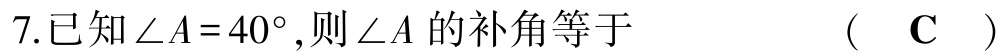
7.已知\(\angle A = 40^{\circ}\),则\(\angle A\)的补角等于  （  \(\mathbf{C}\)  ）